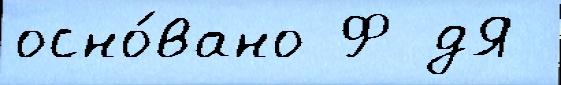
осно́вано Ф дЯ